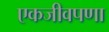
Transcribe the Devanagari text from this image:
एकजीवपणा